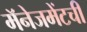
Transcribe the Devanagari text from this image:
मॅनेजमेंटची